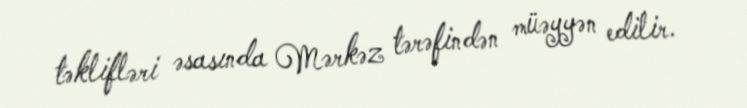
təklifləri əsasında Mərkəz tərəfindən müəyyən edilir.